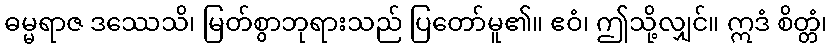
ဓမ္မရာဇ ဒဿေသိ၊ မြတ်စွာဘုရားသည် ပြတော်မူ၏။ ဧဝံ၊ ဤသို့လျှင်။ ဣဒံ စိတ္တံ၊